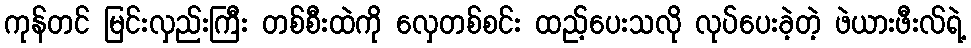
ကုန်တင် မြင်းလှည်းကြီး တစ်စီးထဲကို လှေတစ်စင်း ထည့်ပေးသလို လုပ်ပေးခဲ့တဲ့ ဖဲယားဖီးလ်ရဲ့